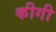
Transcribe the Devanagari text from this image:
कीगी